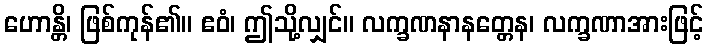
ဟောန္တိ၊ ဖြစ်ကုန်၏။ ဧဝံ၊ ဤသို့လျှင်။ လက္ခဏနာနတ္တေန၊ လက္ခဏာအားဖြင့်